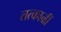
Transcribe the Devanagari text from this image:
तत्काळीं